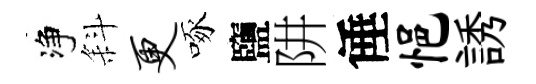
净斜更啄鹽阱倕悒誘